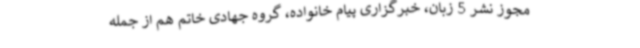
مجوز نشر 5 زبان، خبرگزاری پیام خانواده، گروه جهادی خاتم هم از جمله